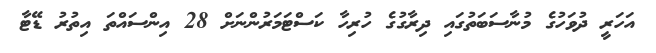
އަހަރީ ދުވަހުގެ މުނާސަބަތުގައި ދިރާގުގެ ހުރިހާ ކަސްޓަމަރުންނަށް 28 އިންސައްތަ އިތުރު ޑޭޓާ